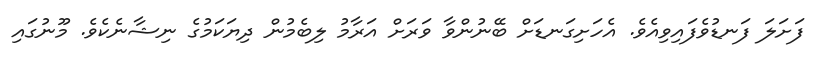
ފަށަލަ ފަނޑުވެފައިވިއެވެ. އެހަށިގަނޑަށް ބޭނުންވާ ވަރަށް އަރާމު ލިބެމުން ދިޔަކަމުގެ ނިޝާނެކެވެ. މޫނުގައި